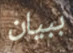
ببيان